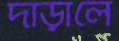
দাঁড়ালে